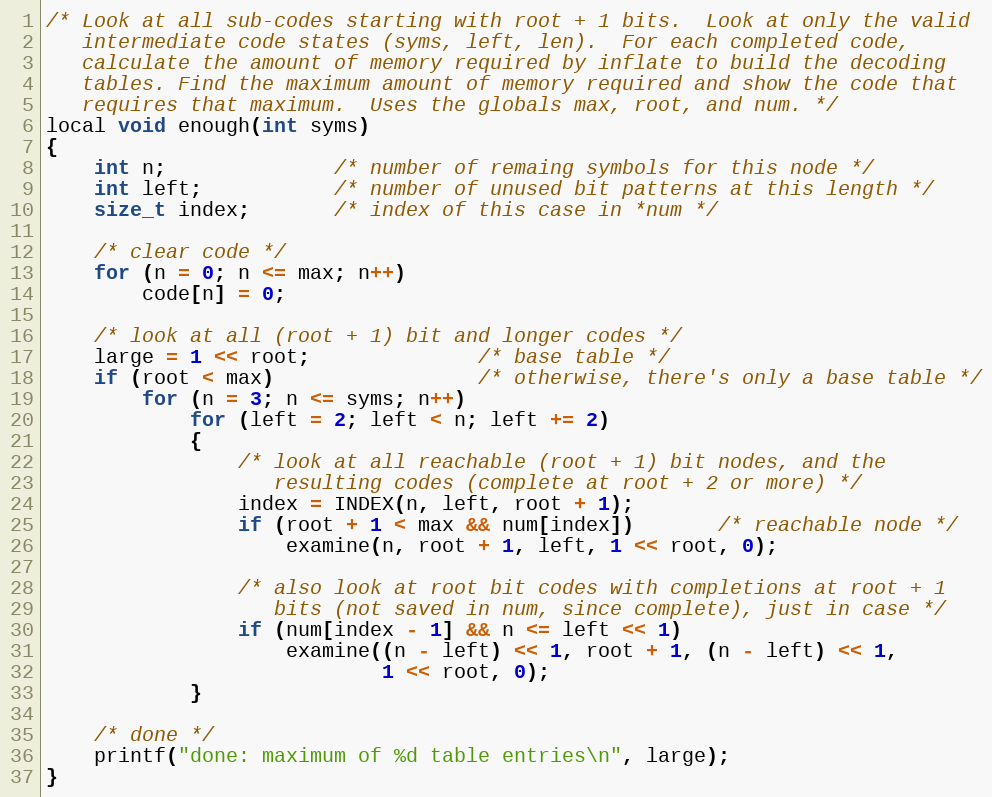
Language: C
/* Look at all sub-codes starting with root + 1 bits.  Look at only the valid
   intermediate code states (syms, left, len).  For each completed code,
   calculate the amount of memory required by inflate to build the decoding
   tables. Find the maximum amount of memory required and show the code that
   requires that maximum.  Uses the globals max, root, and num. */
local void enough(int syms)
{
    int n;              /* number of remaing symbols for this node */
    int left;           /* number of unused bit patterns at this length */
    size_t index;       /* index of this case in *num */

    /* clear code */
    for (n = 0; n <= max; n++)
        code[n] = 0;

    /* look at all (root + 1) bit and longer codes */
    large = 1 << root;              /* base table */
    if (root < max)                 /* otherwise, there's only a base table */
        for (n = 3; n <= syms; n++)
            for (left = 2; left < n; left += 2)
            {
                /* look at all reachable (root + 1) bit nodes, and the
                   resulting codes (complete at root + 2 or more) */
                index = INDEX(n, left, root + 1);
                if (root + 1 < max && num[index])       /* reachable node */
                    examine(n, root + 1, left, 1 << root, 0);

                /* also look at root bit codes with completions at root + 1
                   bits (not saved in num, since complete), just in case */
                if (num[index - 1] && n <= left << 1)
                    examine((n - left) << 1, root + 1, (n - left) << 1,
                            1 << root, 0);
            }

    /* done */
    printf("done: maximum of %d table entries\n", large);
}